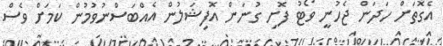
އެގޮތަށް ހަދަން ޖެހުނީ ވޯޓު ފޮށި ގުނަން އޮފިޝަލުން އެއްބަސްނުވުމުން ކަމަށް ވެސް